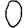
Digit: 0